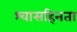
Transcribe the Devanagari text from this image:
श्वासहिनता